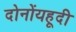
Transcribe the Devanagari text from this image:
दोनोंयहूदी